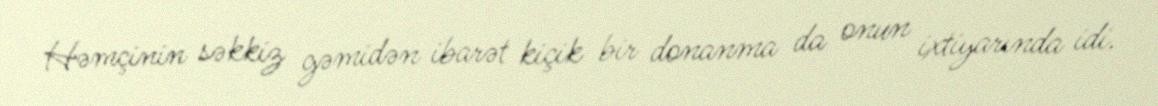
Həmçinin səkkiz gəmidən ibarət kiçik bir donanma da onun ixtiyarında idi.